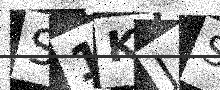
Text: S1KJS0